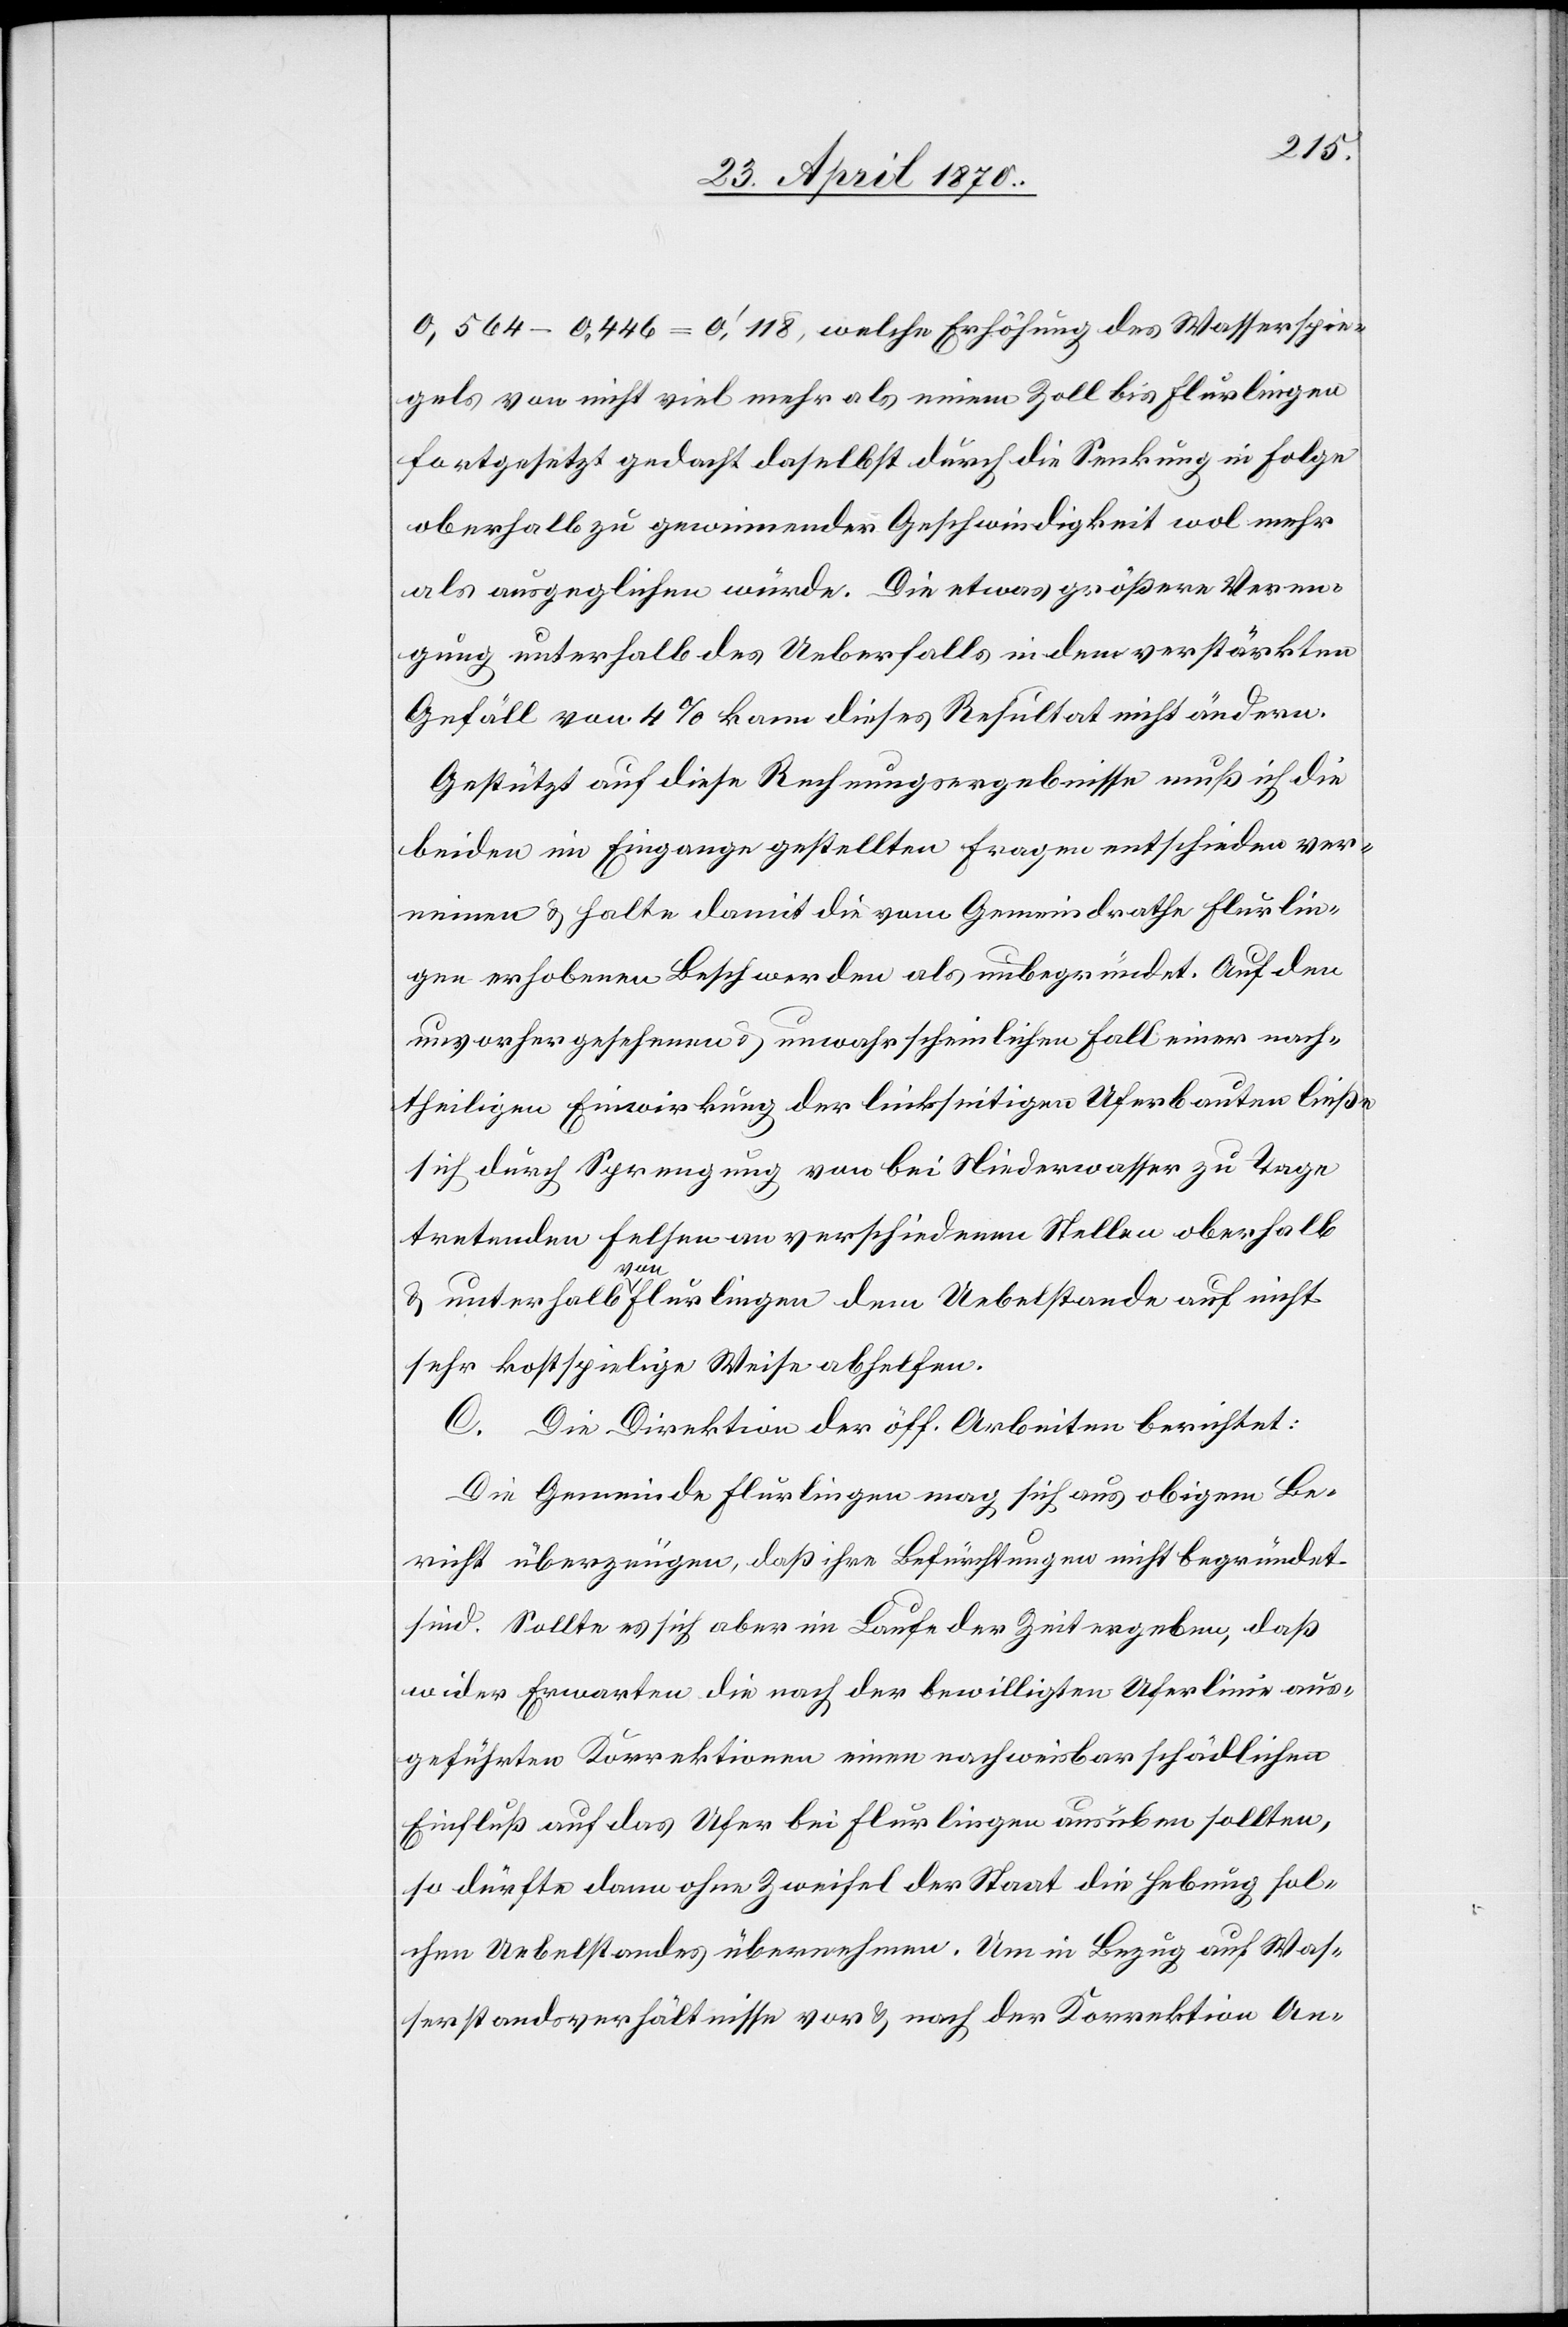
0,564 – 0,446 = 0‘,118, welche Erhöhung des Wasserspie¬
gels von nicht viel mehr als einem Zoll bis Flurlingen
fortgesetzt gedacht[,] daselbst durch die Senkung in Folge
oberhalb zu gewinnender Geschwindigkeit wol mehr
als ausgeglichen würde. Die etwas größere Veren¬
gung unterhalb des Ueberfalls in dem verstärkten
Gefäll von 4% kann dieses Resultat nicht ändern.
Gestützt auf diese Rechnungsergebnisse muß ich die
beiden im Eingange gestellten Fragen entschieden ver¬
neinen & halte damit die vom Gemeindrathe Flurlin¬
gen erhobenen Beschwerden als unbegründet. Auf den
unvorhergesehenen & unwahrscheinlichen Fall einer nach¬
theiligen Einwirkung der linkseitigen Uferbauten ließe
sich durch Sprengung von bei Niederwasser zu Tage
tretenden Felsen an verschiedenen Stellen oberhalb
& unterhalb von Flurlingen dem Uebelstande auf nicht
sehr kostspielige Weise abhelfen.
C. Die Direktion der öff. Arbeiten berichtet:
Die Gemeinde Flurlingen mag sich aus obigem Be¬
richt überzeugen, daß ihre Befürchtungen nicht begründet
sind. Sollte es sich aber im Laufe der Zeit ergeben, daß
wider Erwarten die nach der bewilligten Uferlinie aus¬
geführten Korrektionen einen nachweisbar schädlichen
Einfluß auf das Ufer bei Flurlingen ausüben sollten,
so dürfte dann ohne Zweifel der Staat die Hebung sol¬
chen Uebelstandes übernehmen. Um in Bezug auf Was¬
serstandsverhältnisse vor & nach der Korrektion An-